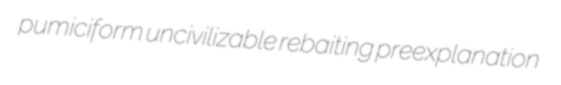
pumiciform uncivilizable rebaiting preexplanation